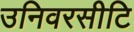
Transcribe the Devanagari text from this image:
उनिवरसीटि